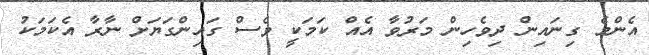
އެންމެ ގިނައިން ދިވެހިން މަރުވާ އެއް ކަމަކީ ވެސް ގައިންގަޔަށް ނާރާ އެކަމަކު